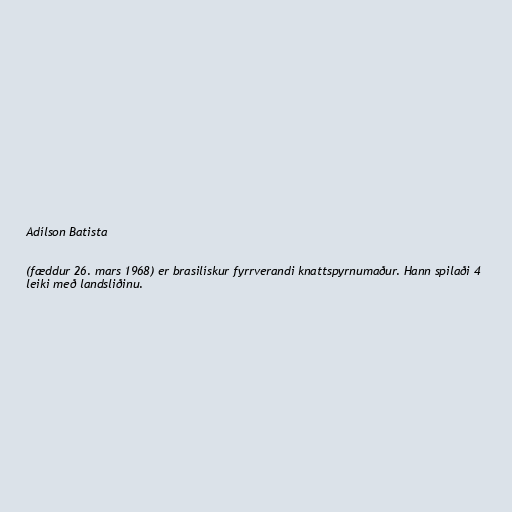
Adílson Batista

(fæddur 26. mars 1968) er brasilískur fyrrverandi knattspyrnumaður. Hann spilaði 4
leiki með landsliðinu.